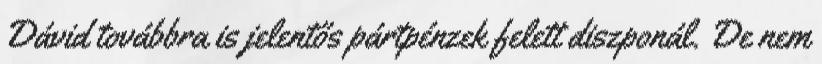
Dávid továbbra is jelentős pártpénzek felett diszponál. De nem